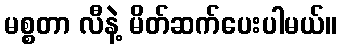
မစ္စတာ လီနဲ့ မိတ်ဆက်ပေးပါမယ်။